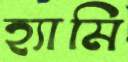
হ্যামি